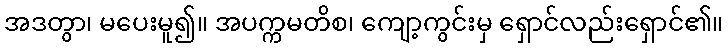
အဒတွာ၊ မပေးမူ၍။ အပက္ကမတိစ၊ ကျော့ကွင်းမှ ရှောင်လည်းရှောင်၏။